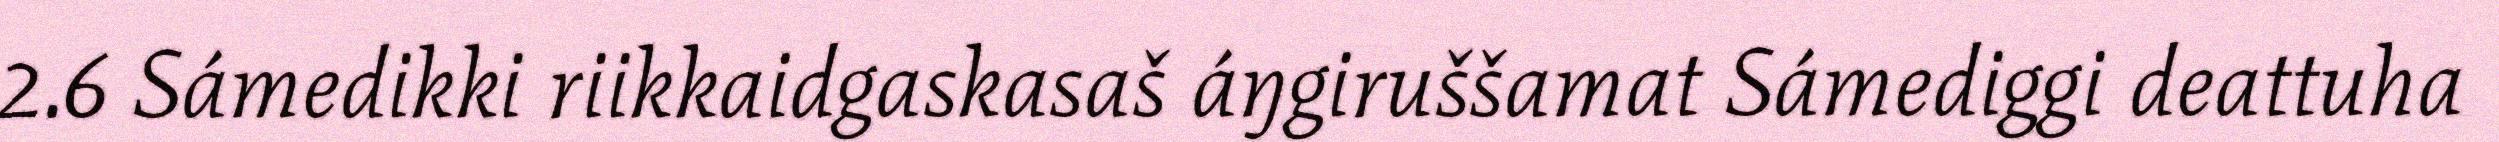
2.6 Sámedikki riikkaidgaskasaš áŋgiruššamat Sámediggi deattuha